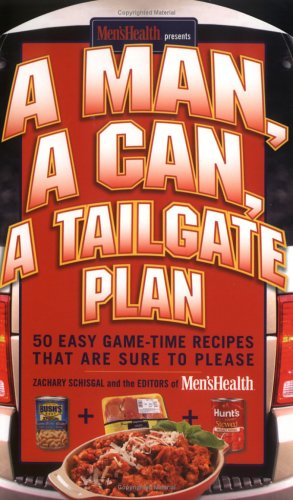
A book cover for A Man, A Can, A Tailgate Plan: 50 Easy Game Time Recipes That Are Sure to Please; Zachary Schisgal; Cookbooks, Food & Wine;